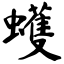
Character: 蠖